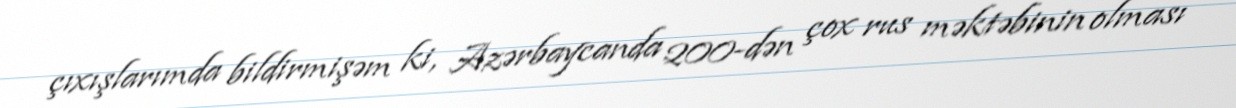
çıxışlarımda bildirmişəm ki, Azərbaycanda 200-dən çox rus məktəbinin olması